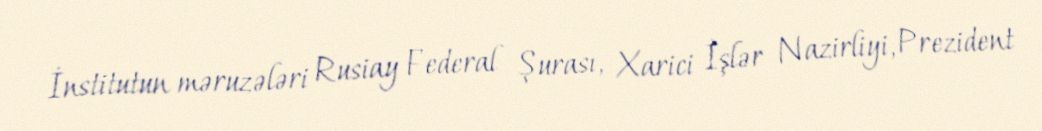
İnstitutun məruzələri Rusiay Federal Şurası, Xarici İşlər Nazirliyi, Prezident